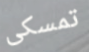
تمسكى